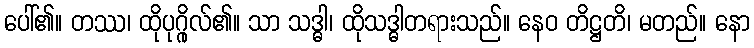
ပေါ်၏။ တဿ၊ ထိုပုဂ္ဂိုလ်၏။ သာ သဒ္ဓါ၊ ထိုသဒ္ဓါတရားသည်။ နေဝ တိဋ္ဌတိ၊ မတည်။ နော